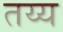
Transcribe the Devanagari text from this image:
तय्य